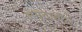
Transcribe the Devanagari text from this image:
अमृतातील